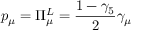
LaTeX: p _ { \mu } = \Pi _ { \mu } ^ { L } = \frac { 1 - \gamma _ { 5 } } { 2 } \gamma _ { \mu }